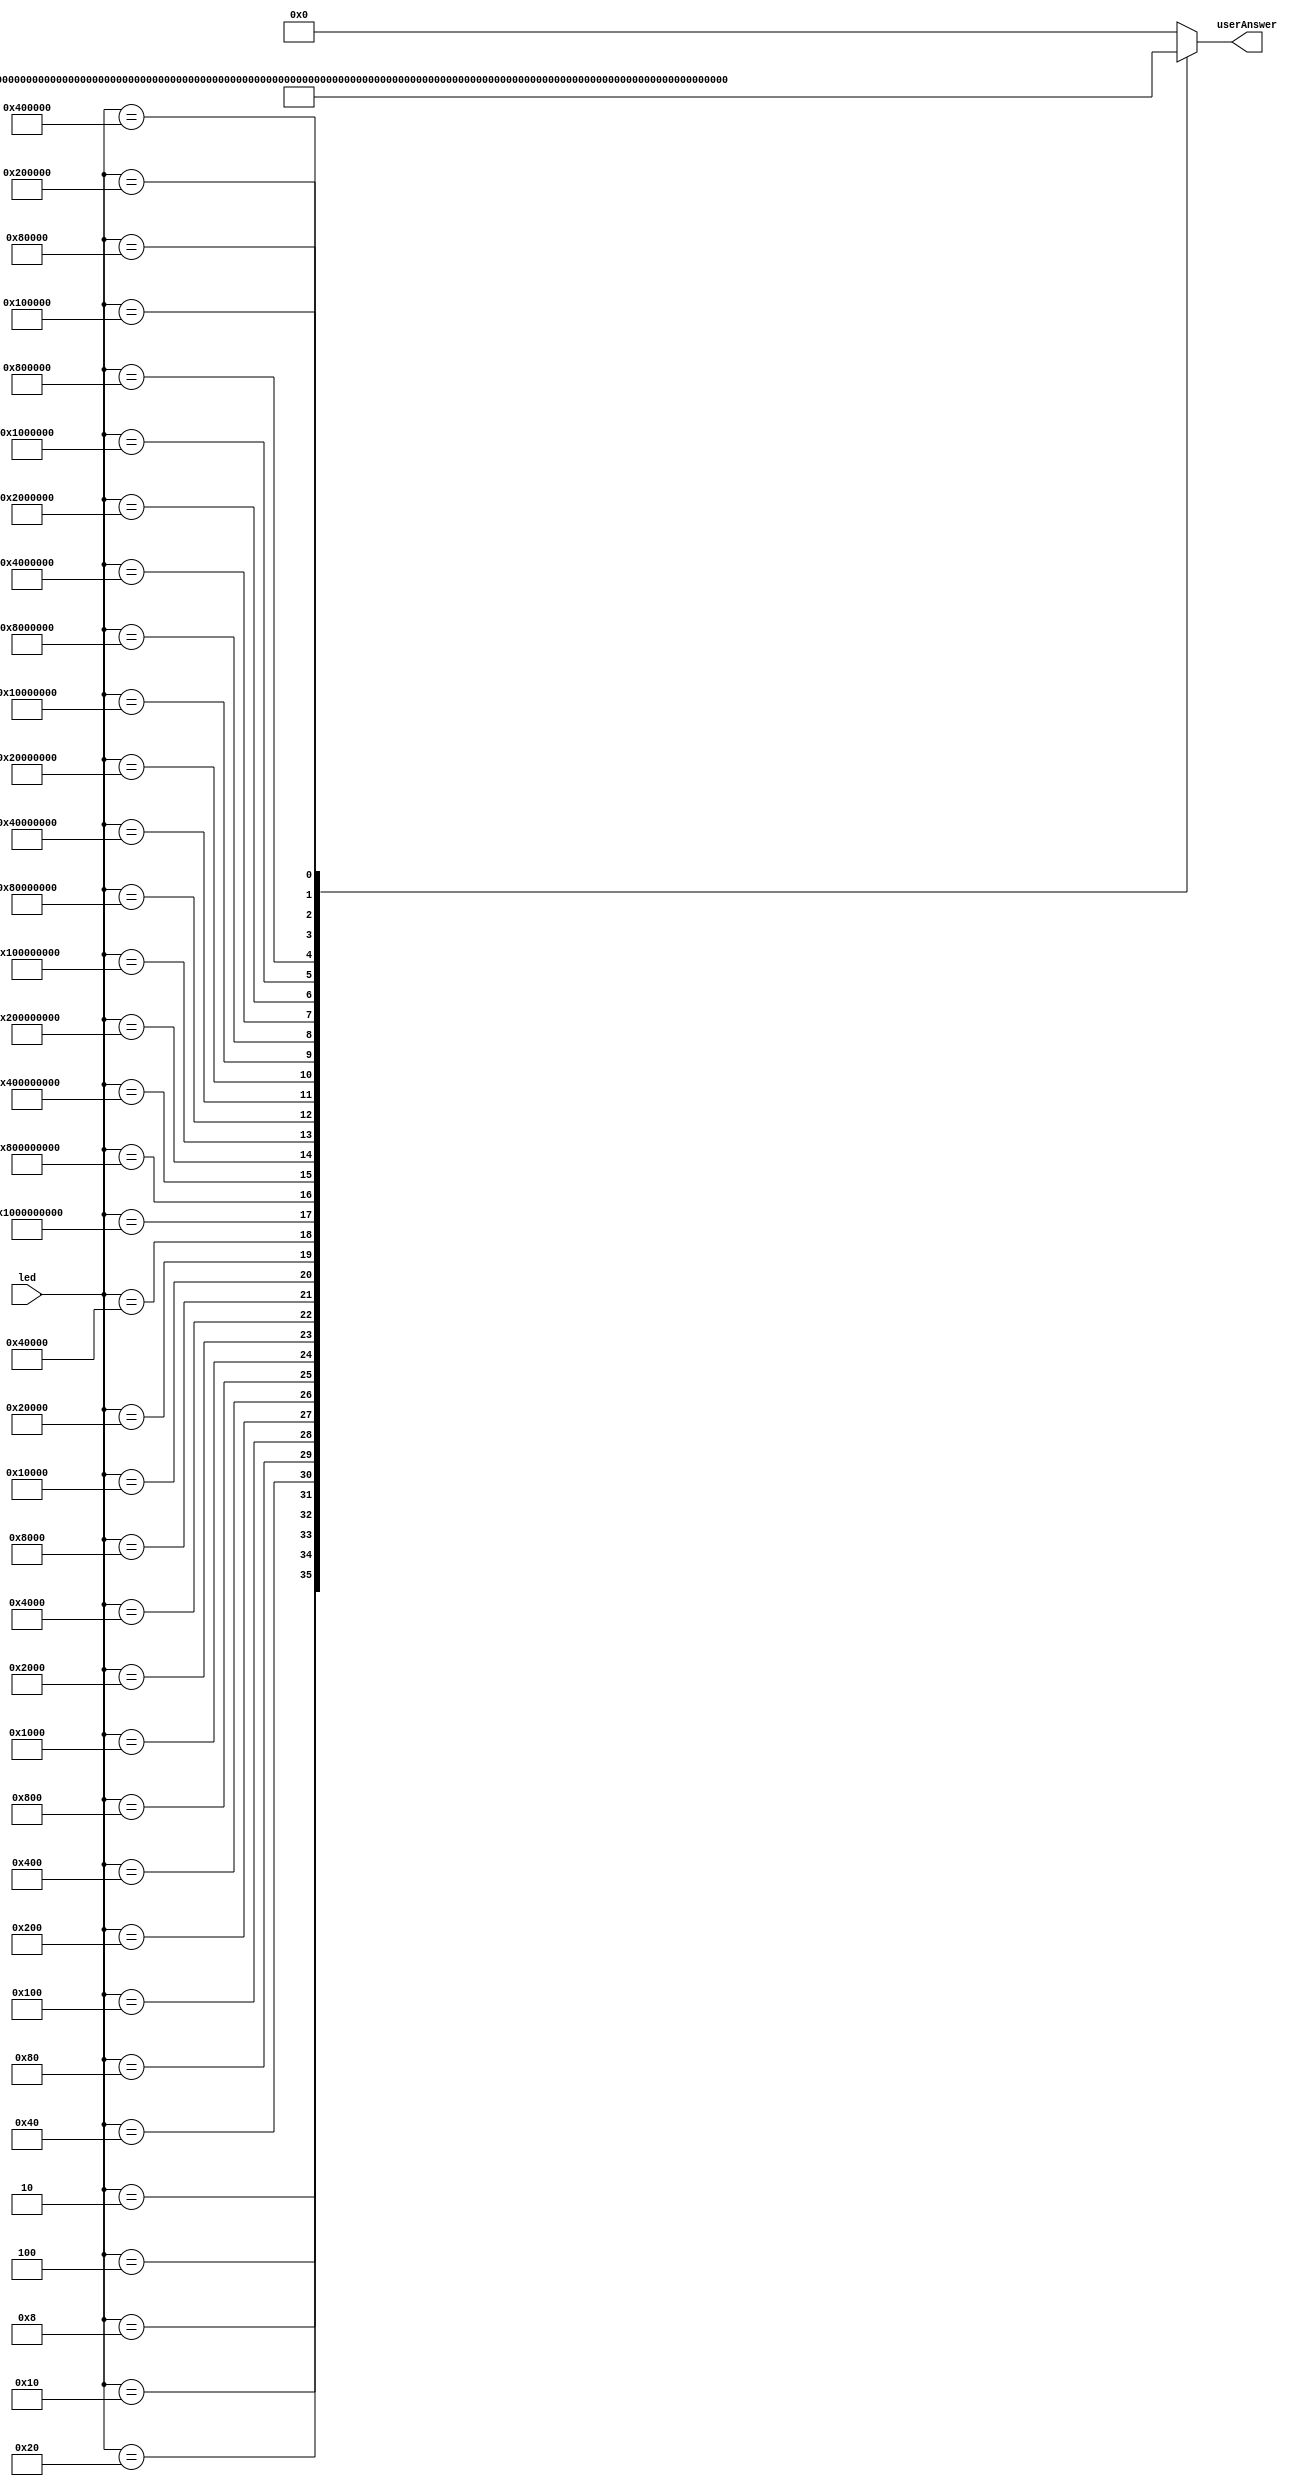
/*
   This file was generated automatically by Alchitry Labs version 1.2.1.
   Do not edit this file directly. Instead edit the original Lucid source.
   This is a temporary file and any changes made to it will be destroyed.
*/

module ledTOnum_15 (
    input [36:0] led,
    output reg [15:0] userAnswer
  );
  
  
  
  localparam P0 = 37'h0000000001;
  
  localparam P1 = 37'h0000000002;
  
  localparam P2 = 37'h0000000004;
  
  localparam P3 = 37'h0000000008;
  
  localparam P4 = 37'h0000000010;
  
  localparam P5 = 37'h0000000020;
  
  localparam P6 = 37'h0000000040;
  
  localparam P7 = 37'h0000000080;
  
  localparam P8 = 37'h0000000100;
  
  localparam P9 = 37'h0000000200;
  
  localparam P10 = 37'h0000000400;
  
  localparam P11 = 37'h0000000800;
  
  localparam P12 = 37'h0000001000;
  
  localparam P13 = 37'h0000002000;
  
  localparam P14 = 37'h0000004000;
  
  localparam P15 = 37'h0000008000;
  
  localparam P16 = 37'h0000010000;
  
  localparam P17 = 37'h0000020000;
  
  localparam P18 = 37'h0000040000;
  
  localparam N18 = 37'h0000080000;
  
  localparam N17 = 37'h0000100000;
  
  localparam N16 = 37'h0000200000;
  
  localparam N15 = 37'h0000400000;
  
  localparam N14 = 37'h0000800000;
  
  localparam N13 = 37'h0001000000;
  
  localparam N12 = 37'h0002000000;
  
  localparam N11 = 37'h0004000000;
  
  localparam N10 = 37'h0008000000;
  
  localparam N9 = 37'h0010000000;
  
  localparam N8 = 37'h0020000000;
  
  localparam N7 = 37'h0040000000;
  
  localparam N6 = 37'h0080000000;
  
  localparam N5 = 37'h0100000000;
  
  localparam N4 = 37'h0200000000;
  
  localparam N3 = 37'h0400000000;
  
  localparam N2 = 37'h0800000000;
  
  localparam N1 = 37'h1000000000;
  
  always @* begin
    userAnswer = 1'h0;
    
    case (led[0+36-:37])
      37'h0000000001: begin
        userAnswer = 16'h0000;
      end
      37'h0000000002: begin
        userAnswer = 16'h0001;
      end
      37'h0000000004: begin
        userAnswer = 16'h0002;
      end
      37'h0000000008: begin
        userAnswer = 16'h0003;
      end
      37'h0000000010: begin
        userAnswer = 16'h0004;
      end
      37'h0000000020: begin
        userAnswer = 16'h0005;
      end
      37'h0000000040: begin
        userAnswer = 16'h0006;
      end
      37'h0000000080: begin
        userAnswer = 16'h0007;
      end
      37'h0000000100: begin
        userAnswer = 16'h0008;
      end
      37'h0000000200: begin
        userAnswer = 16'h0009;
      end
      37'h0000000400: begin
        userAnswer = 16'h000a;
      end
      37'h0000000800: begin
        userAnswer = 16'h000b;
      end
      37'h0000001000: begin
        userAnswer = 16'h000c;
      end
      37'h0000002000: begin
        userAnswer = 16'h000d;
      end
      37'h0000004000: begin
        userAnswer = 16'h000e;
      end
      37'h0000008000: begin
        userAnswer = 16'h000f;
      end
      37'h0000010000: begin
        userAnswer = 16'h0010;
      end
      37'h0000020000: begin
        userAnswer = 16'h0011;
      end
      37'h0000040000: begin
        userAnswer = 16'h0012;
      end
      37'h1000000000: begin
        userAnswer = 16'hffff;
      end
      37'h0800000000: begin
        userAnswer = 16'hfffe;
      end
      37'h0400000000: begin
        userAnswer = 16'hfffd;
      end
      37'h0200000000: begin
        userAnswer = 16'hfffc;
      end
      37'h0100000000: begin
        userAnswer = 16'hfffb;
      end
      37'h0080000000: begin
        userAnswer = 16'hfffa;
      end
      37'h0040000000: begin
        userAnswer = 16'hfff9;
      end
      37'h0020000000: begin
        userAnswer = 16'hfff8;
      end
      37'h0010000000: begin
        userAnswer = 16'hfff7;
      end
      37'h0008000000: begin
        userAnswer = 16'hfff6;
      end
      37'h0004000000: begin
        userAnswer = 16'hfff5;
      end
      37'h0002000000: begin
        userAnswer = 16'hfff4;
      end
      37'h0001000000: begin
        userAnswer = 16'hfff3;
      end
      37'h0000800000: begin
        userAnswer = 16'hfff2;
      end
      37'h0000400000: begin
        userAnswer = 16'hfff1;
      end
      37'h0000200000: begin
        userAnswer = 16'hfff0;
      end
      37'h0000100000: begin
        userAnswer = 16'hffef;
      end
      37'h0000080000: begin
        userAnswer = 16'hffee;
      end
      default: begin
        userAnswer = 1'h0;
      end
    endcase
  end
endmodule